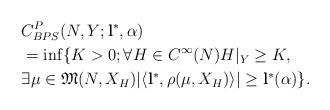
LaTeX: \begin{align*}&C_{BPS}^P(N,Y;\mathbf{l}^\ast,\alpha)\\&=\inf \{K>0 ; \forall H\in C^\infty(N)H|_Y\geq K,\\&\exists\mu\in\mathfrak{M}(N,X_H)|\langle \mathbf{l}^\ast,\rho(\mu,X_H) \rangle|\geq\mathbf{l}^\ast(\alpha)\}.\\\end{align*}